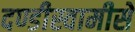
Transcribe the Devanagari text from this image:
दण्डीस्वामीसे